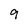
Character: 9